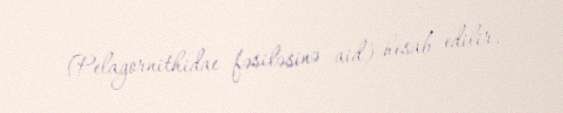
(Pelagornithidae fəsiləsinə aid) hesab edilir.